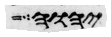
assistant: יהוה